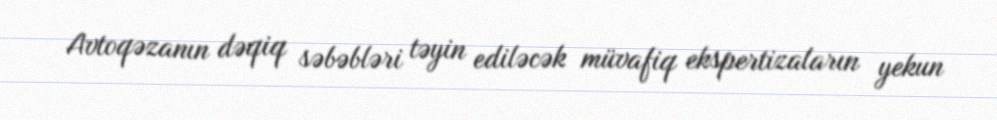
Avtoqəzanın dəqiq səbəbləri təyin ediləcək müvafiq ekspertizaların yekun